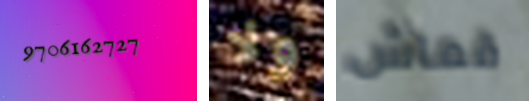
9706162727 ولا قماش